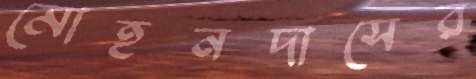
মোহনদাসের